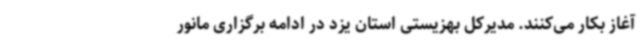
آغاز بکار می‌کنند. مدیرکل بهزیستی استان یزد در ادامه برگزاری مانور